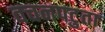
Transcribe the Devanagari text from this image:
वचनपटुता